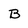
Character: B